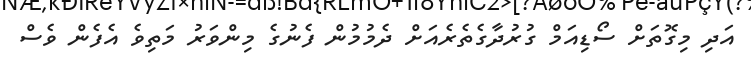
އަދި މިގޮތަށް ސޯޑިއަމް ގުރުދާގެތެރެއަށް ދެމުމުން ފެނުގެ މިންވަރު މަތިވެ އެފެން ވެސް